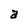
Character: a